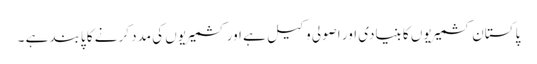
پاکستان کشمیریوں کا بنیادی اور اصولی وکیل ہے اور کشمیریوں کی مدد کرنے کا پابند ہے ۔